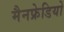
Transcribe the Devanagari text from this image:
मैनफ्रेडियो